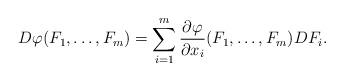
LaTeX: \begin{align*}D\varphi(F_1,\dots,F_m)=\sum_{i=1}^m\frac{\partial\varphi}{\partial x_i}(F_1,\dots,F_m)DF_i.\end{align*}